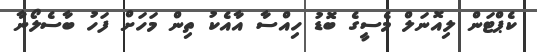
ކެޕްޓަން ލިއޮނަލް މެސީގެ ބޮޑު ހިއްސާ އާއެކު ތިން މަހަށް ފަހު ބާސެލޯނާ